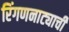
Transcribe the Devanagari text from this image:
रिंगणनाट्याची